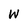
Character: W